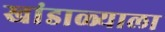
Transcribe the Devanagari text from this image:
खांडाळ्याला